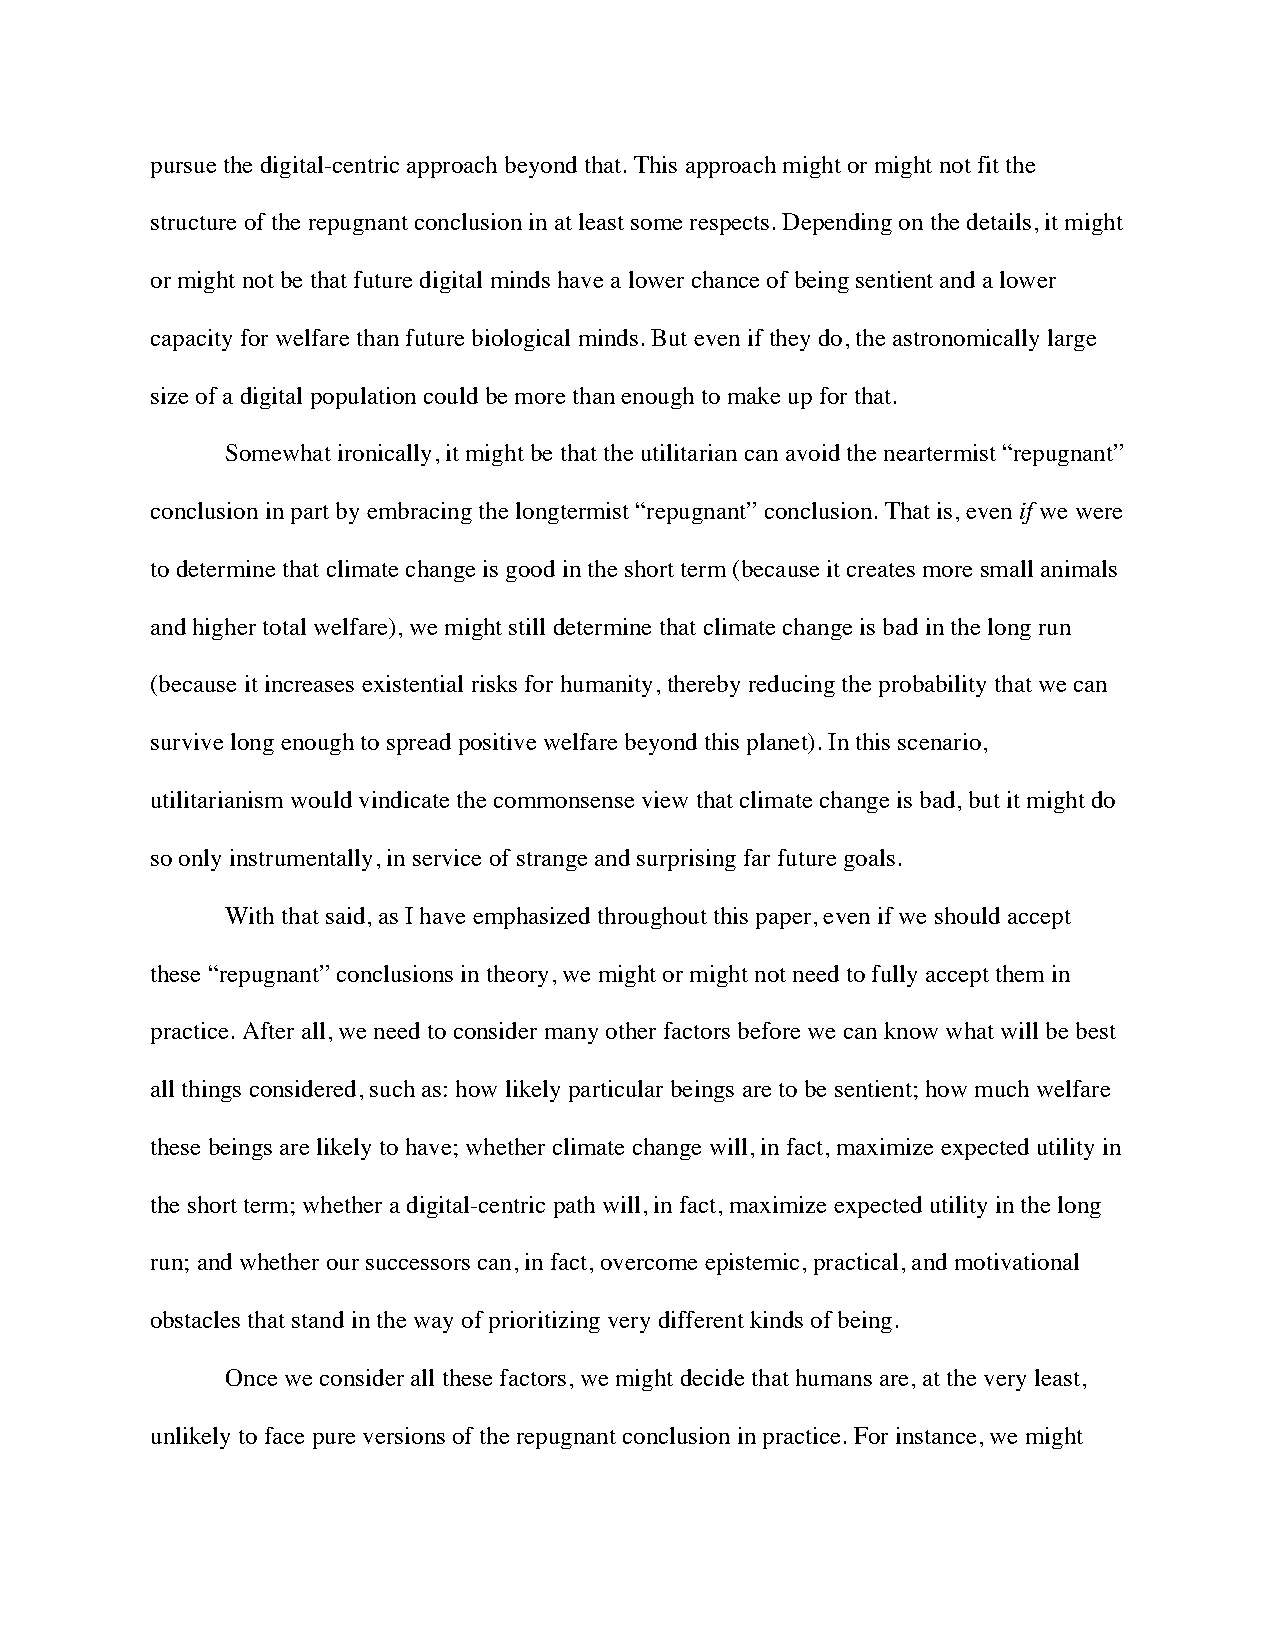
pursue the digital-centric approach beyond that. This approach might or might not fit the
 structure of the repugnant conclusion in at least some respects. Depending on the details, it might
 or might not be that future digital minds have a lower chance of being sentient and a lower
 capacity for welfare than future biological minds. But even if they do, the astronomically large
 size of a digital population could be more than enough to make up for that.
 Somewhat ironically, it might be that the utilitarian can avoid the neartermist “repugnant”
 conclusion in part by embracing the longtermist “repugnant” conclusion. That is, even if we were
 to determine that climate change is good in the short term (because it creates more small animals
 and higher total welfare), we might still determine that climate change is bad in the long run
 (because it increases existential risks for humanity, thereby reducing the probability that we can
 survive long enough to spread positive welfare beyond this planet). In this scenario,
 utilitarianism would vindicate the commonsense view that climate change is bad, but it might do
 so only instrumentally, in service of strange and surprising far future goals.
 With that said, as I have emphasized throughout this paper, even if we should accept
 these “repugnant” conclusions in theory, we might or might not need to fully accept them in
 practice. After all, we need to consider many other factors before we can know what will be best
 all things considered, such as: how likely particular beings are to be sentient; how much welfare
 these beings are likely to have; whether climate change will, in fact, maximize expected utility in
 the short term; whether a digital-centric path will, in fact, maximize expected utility in the long
 run; and whether our successors can, in fact, overcome epistemic, practical, and motivational
 obstacles that stand in the way of prioritizing very different kinds of being.
 Once we consider all these factors, we might decide that humans are, at the very least,
 unlikely to face pure versions of the repugnant conclusion in practice. For instance, we might